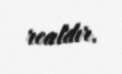
realdır.